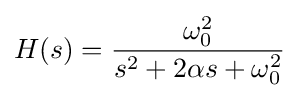
H(s)={\frac {\omega _{0}^{2}}{s^{2}+2\alpha s+\omega _{0}^{2}}}